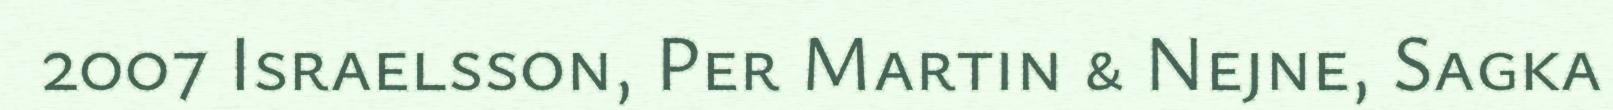
2007 Israelsson, Per Martin & Nejne, Sagka